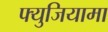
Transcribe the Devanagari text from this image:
फ्युजियामा